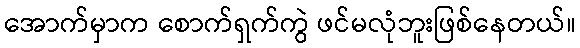
အောက်မှာက စောက်ရှက်ကွဲ ဖင်မလုံဘူးဖြစ်နေတယ်။